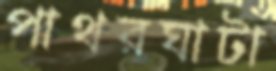
পাথরঘাটা